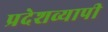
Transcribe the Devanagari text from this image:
प्रदेशव्यापी